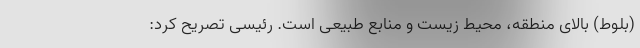
(بلوط) بالای منطقه، محیط زیست و منابع طبیعی است. رئیسی تصریح کرد: